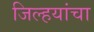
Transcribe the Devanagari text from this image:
जिल्हयांचा